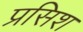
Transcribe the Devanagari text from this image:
प्रसिश